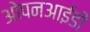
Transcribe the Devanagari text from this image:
ओपनआईडी